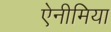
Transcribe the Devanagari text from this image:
ऐनीमिया